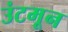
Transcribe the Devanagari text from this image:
उंटमून